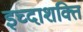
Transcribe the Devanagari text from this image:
इच्दाशक्ति